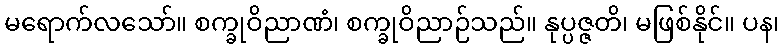
မရောက်လသော်။ စက္ခုဝိညာဏံ၊ စက္ခုဝိညာဉ်သည်။ နုပ္ပဇ္ဇတိ၊ မဖြစ်နိုင်။ ပန၊